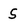
Character: S